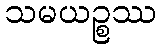
သမယဉ္စဿ